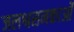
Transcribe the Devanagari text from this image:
जलश्वसनकाओं